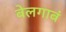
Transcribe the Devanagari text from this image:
बेलगाबं